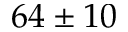
6 4 \pm 1 0